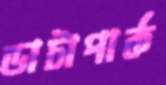
ডাটাপার্ক